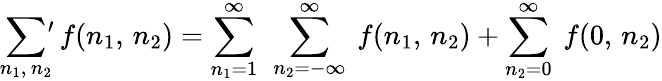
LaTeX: \sum_{n_{1},\, n_{2}}\, \! \! \! ^{\prime}\, f(n_{1},\, n_{2})=\sum_{n_{1}=1}^{\infty}\ \sum_{n_{2}=-\infty}^{\infty}\ f(n_{1},\, n_{2})+\sum_{n_{2}=0}^{\infty}\ f(0,\, n_{2})